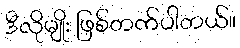
ဒီလိုမျိုး ဖြစ်တက်ပါတယ်။